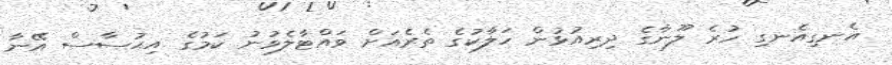
އެނގިއެނގި ހުރެ ލޫނާގެ ދިރިއުޅުން ހަލާކުގެ ތެރެއަށް ވައްޓާލެވުނު ކަމުގެ އިޙުސާސް އޭނާ